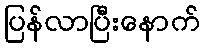
ပြန်လာပြီးနောက်